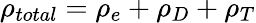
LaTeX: \rho_{total}=\rho_{e}+\rho_{D}+\rho_{T}